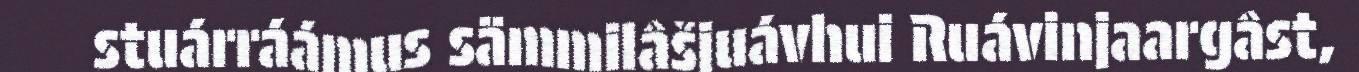
stuárráámus sämmilâšjuávhui Ruávinjaargâst,